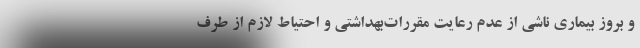
و بروز بیماری ناشی از عدم رعایت مقررات‌بهداشتی و احتیاط لازم از طرف